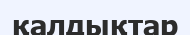
қалдықтар